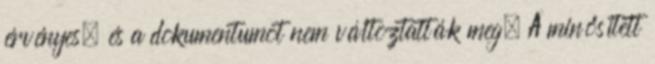
érvényes, és a dokumentumot nem változtatták meg. A minősített